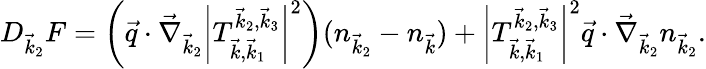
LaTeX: D_{\vec{k}_{2}}F=\left(\vec{q}\cdot\vec{\nabla}_{\vec{k}_{2}}\left|T_{\vec{k},\vec{k}_{1}}^{\vec{k}_{2},\vec{k}_{3}}\right|^{2}\right)(n_{\vec{k}_{2}}-n_{\vec{k}})+\left|T_{\vec{k},\vec{k}_{1}}^{\vec{k}_{2},\vec{k}_{3}}\right|^{2}\vec{q}\cdot\vec{\nabla}_{\vec{k}_{2}}n_{\vec{k}_{2}}.